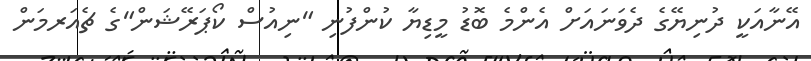
އޭނާއަކީ ދުނިޔޭގެ ދެވަނައަށް އެންމެ ބޮޑު މީޑިޔާ ކުންފުނި "ނިއުސް ކޯޕަރޭޝަން"ގެ ޗެއަރމަން